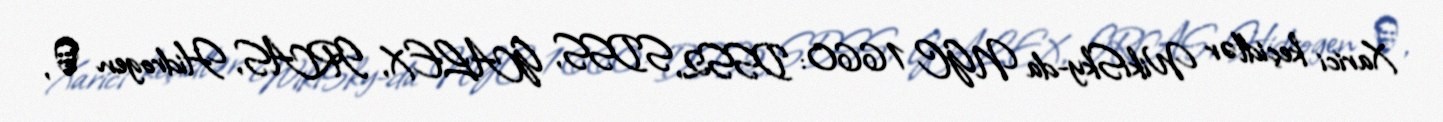
Xarici keçidlər WikiSky-da NGC 1660: DSS2, SDSS, GALEX, IRAS, Hidrogen α,